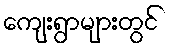
ကျေးရွာများတွင်